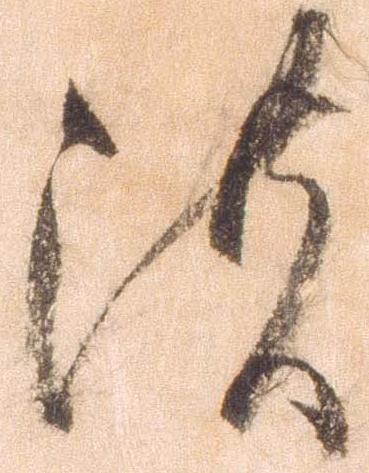
濃